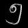
Digit: ၅